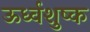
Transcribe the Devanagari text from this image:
ऊर्ध्वशुष्क